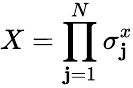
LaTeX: X=\prod_{\mathbf{j}=1}^{N}\sigma_{\mathbf{j}}^{x}